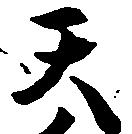
天